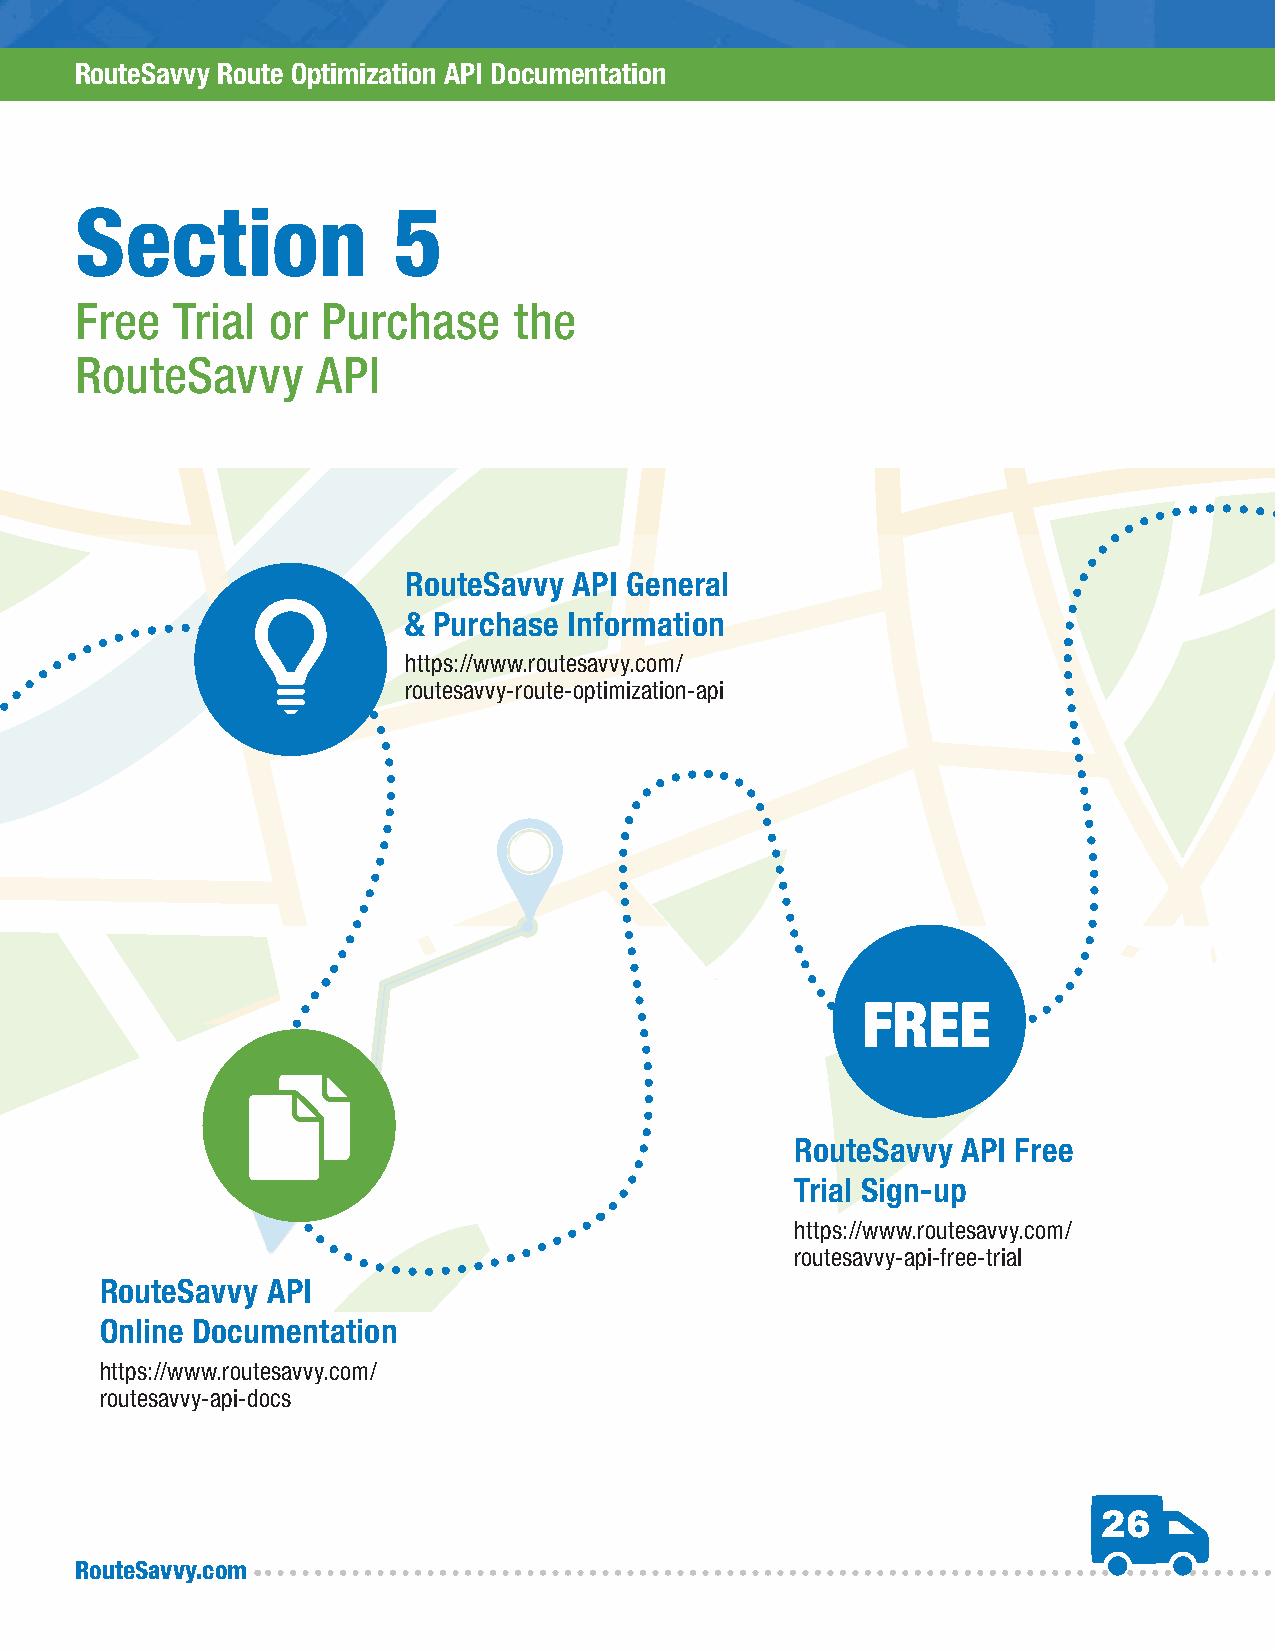
RouteSavvy Route Optimization API Documentation
 Section              5
 Free  Trial  or Purchase     the
 RouteSavvy      API
 RouteSavvy API General
 & Purchase Information
 https://www.routesavvy.com/
 routesavvy-route-optimization-api
 FREE
 RouteSavvy API Free
 Trial Sign-up
 https://www.routesavvy.com/
 routesavvy-api-free-trial
 RouteSavvy API
 Online Documentation
 https://www.routesavvy.com/
 routesavvy-api-docs
 26
 RouteSavvy.com